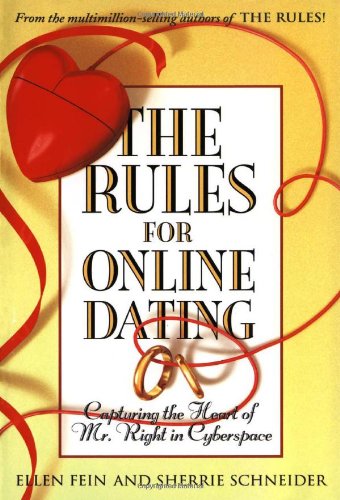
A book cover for The Rules for Online Dating: Capturing the Heart of Mr. Right in Cyberspace; Ellen Fein; Self-Help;